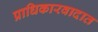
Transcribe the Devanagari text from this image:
प्राधिकारवादात